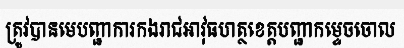
ត្រូវបានមេបញ្ជាការកងរាជអាវុធហត្ថខេត្តបញ្ជាកម្ទេចចោល